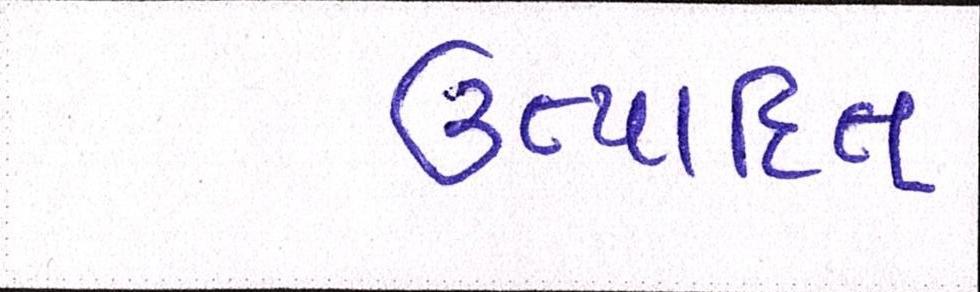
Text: ઉત્પાદિત